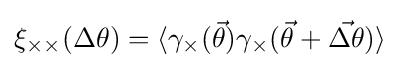
\xi _{\times \times }(\Delta \theta )=\langle \gamma _{\times }({\vec {\theta }})\gamma _{\times }({\vec {\theta }}+{\vec {\Delta \theta }})\rangle